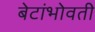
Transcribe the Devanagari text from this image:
बेटांभोवती